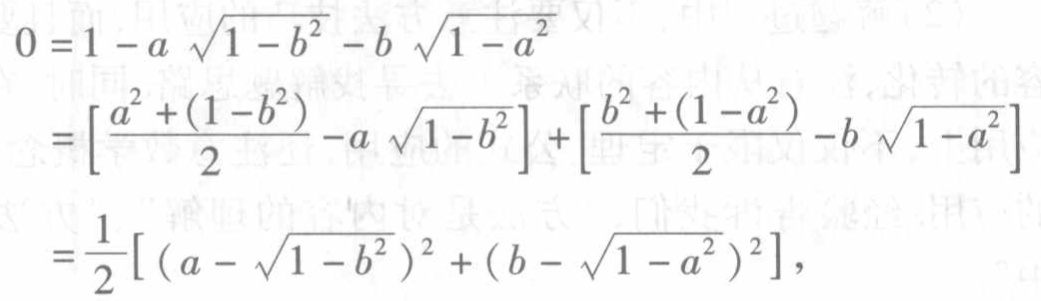
\[
\begin{align*}
0&=1 - a\sqrt{1 - b^{2}}-b\sqrt{1 - a^{2}}\\
&=\left[\frac{a^{2}+(1 - b^{2})}{2}-a\sqrt{1 - b^{2}}\right]+\left[\frac{b^{2}+(1 - a^{2})}{2}-b\sqrt{1 - a^{2}}\right]\\
&=\frac{1}{2}\left[(a-\sqrt{1 - b^{2}})^{2}+(b - \sqrt{1 - a^{2}})^{2}\right],
\end{align*}
\]